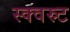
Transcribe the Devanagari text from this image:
स्क्वस्र्ट